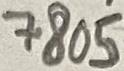
Text: 7805